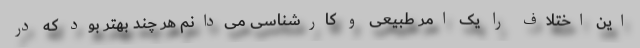
این اختلاف را یک امر طبیعی و کارشناسی می‌دانم هر چند بهتر بود که در